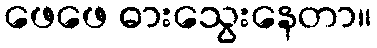
ဖေဖေ ဓားသွေးနေတာ။